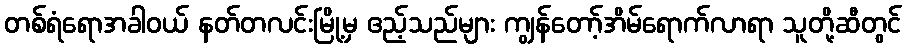
တစ်ရံရောအခါဝယ် နတ်တလင်းမြို့မှ ဧည့်သည်များ ကျွန်တော့်အိမ်ရောက်လာရာ သူတို့ဆီတွင်